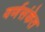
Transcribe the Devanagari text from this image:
वर्णसंकेत